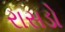
રાસડો